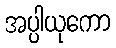
အပ္ပါယုကော